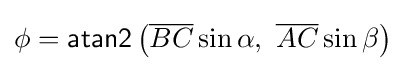
\phi ={\mathsf {atan2}}\left({\overline {BC}}\sin \alpha ,\ {\overline {AC}}\sin \beta \right)